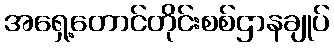
အရှေ့တောင်တိုင်းစစ်ဌာနချုပ်